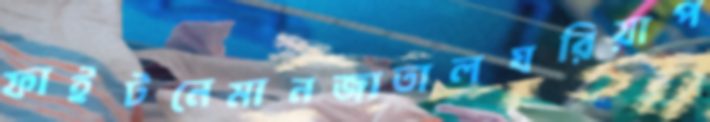
ফাইটনেমানজাতালঘরিয়াপ